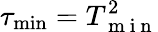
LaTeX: \tau_{\operatorname*{min}}=T_{\mathrm{~m~i~n~}}^{2}